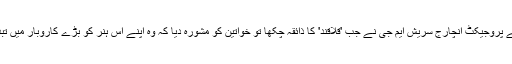
ٹرسٹ کے پروجیکٹ انچارج سریش ایم جی نے جب 'قلاقند' کا ذائقہ چکھا تو خواتین کو مشورہ دیا کہ وہ اپنے اس ہنر کو بڑے کاروبار میں تبدیل کریں۔